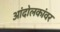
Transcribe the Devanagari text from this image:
आंदोलकांवर